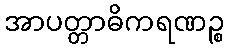
အာပတ္တာဓိကရဏဉ္စ